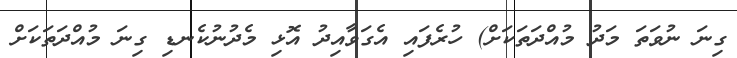
ގިނަ ނުވަތަ މަދު މުއްދަތަކަށް) ހުރެފައި އެގަވާއިދު އޮޅި މެދުނުކެނޑި ގިނަ މުއްދަތަކަށް